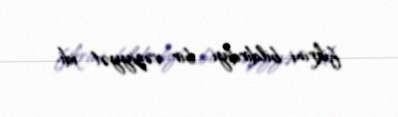
fikrini bildirdiyi bir vəziyyət idi.